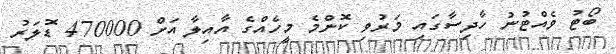
ބޯޓު ވެއްޓުނު ހާދިސާގައި މަރުވި ކޮންމެ މީހެއްގެ އާއިލާ އަށް 470000 ޑޮލަރު